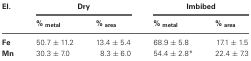
<table><thead><tr><td><b>El.</b></td><td colspan="2"><b>Dry</b></td><td colspan="2"><b>Imbibed</b></td></tr><tr><td></td><td><b>% metal</b></td><td><b>% area</b></td><td><b>% metal</b></td><td><b>% area</b></td></tr></thead><tbody><tr><td><b>Fe</b></td><td>50.7 ± 11.2</td><td>13.4 ± 5.4</td><td>68.9 ± 5.8</td><td>17.1 ± 1.5</td></tr><tr><td><b>Mn</b></td><td>30.3 ± 7.0</td><td>8.3 ± 6.0</td><td>54.4 ± 2.8<sup>*</sup></td><td>22.4 ± 7.3</td></tr></tbody></table>